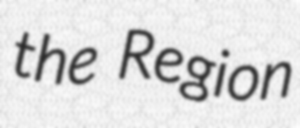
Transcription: the Region